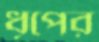
ধূপের